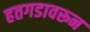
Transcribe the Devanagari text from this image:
हतगडावरून